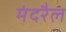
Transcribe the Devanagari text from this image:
मंदरैल